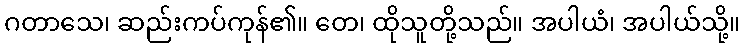
ဂတာသေ၊ ဆည်းကပ်ကုန်၏။ တေ၊ ထိုသူတို့သည်။ အပါယံ၊ အပါယ်သို့။